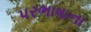
પરભાષાના